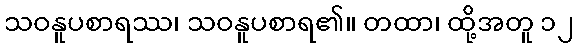
သဝနူပစာရဿ၊ သဝနူပစာရ၏။ တထာ၊ ထို့အတူ ၁၂